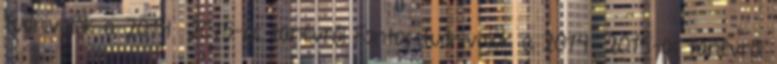
tudnivalók a 2014 2015-ös tanévről Fontos tudnivalók a 2014 2015-ös tanévről